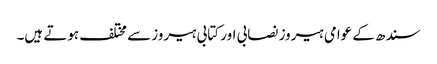
سندھ کے عوامی ہیروز نصابی اور کتابی ہیروز سے مختلف ہوتے ہیں۔